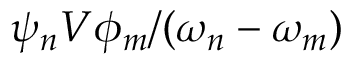
\psi _ { n } V \phi _ { m } / ( \omega _ { n } - \omega _ { m } )